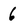
Character: 6